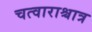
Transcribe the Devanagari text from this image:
चत्वाराश्चात्र